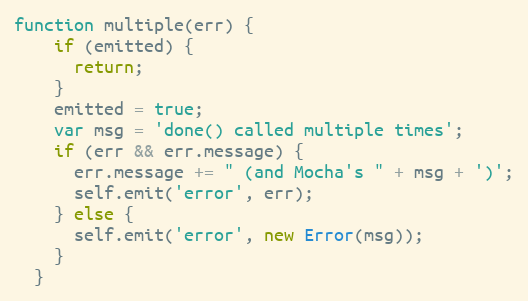
Language: JavaScript
function multiple(err) {
    if (emitted) {
      return;
    }
    emitted = true;
    var msg = 'done() called multiple times';
    if (err && err.message) {
      err.message += " (and Mocha's " + msg + ')';
      self.emit('error', err);
    } else {
      self.emit('error', new Error(msg));
    }
  }